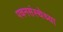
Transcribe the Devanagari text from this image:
पचनसंस्थेच्या